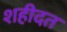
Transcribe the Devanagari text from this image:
शहीदत